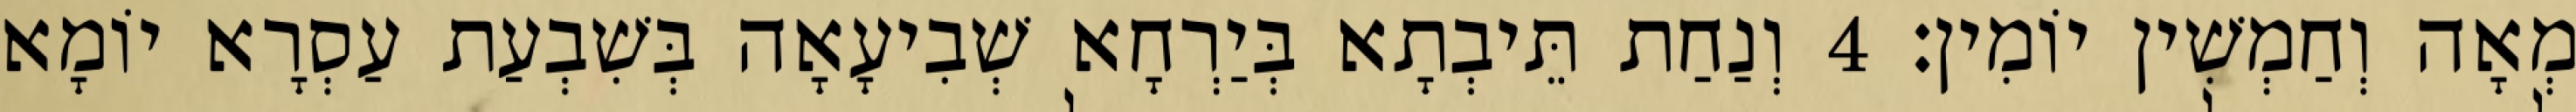
מְאָה וְחַמְשִׁין יוֹמִין׃ 4 וְנַחַת תֵּיבְתָא בְּיַרְחָא שְׁבִיעָאָה בְּשִׁבְעַת עַסְרָא יוֹמָא